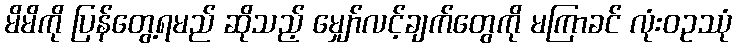
မိမိကို ပြန်တွေ့ရမည် ဆိုသည့် မျှော်လင့်ချက်တွေကို မကြာခင် လုံးဝဥဿုံ